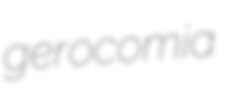
gerocomia